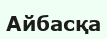
Айбасқа